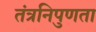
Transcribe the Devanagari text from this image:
तंत्रनिपुणता